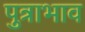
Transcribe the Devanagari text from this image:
पुत्राभाव